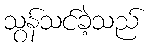
သွန်သင်ခဲ့သည်